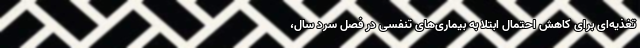
تغذیه‌ای برای کاهش احتمال ابتلا به بیماری‌های تنفسی در فصل سرد سال،